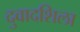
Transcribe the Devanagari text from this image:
दुवादशिला